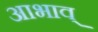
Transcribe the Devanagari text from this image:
आभाव्